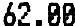
62.00